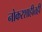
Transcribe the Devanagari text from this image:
नोकरशाहीतही